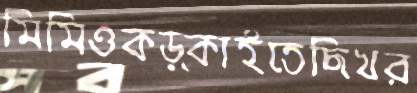
মিমিওকড়্‌কাইতেছিখর